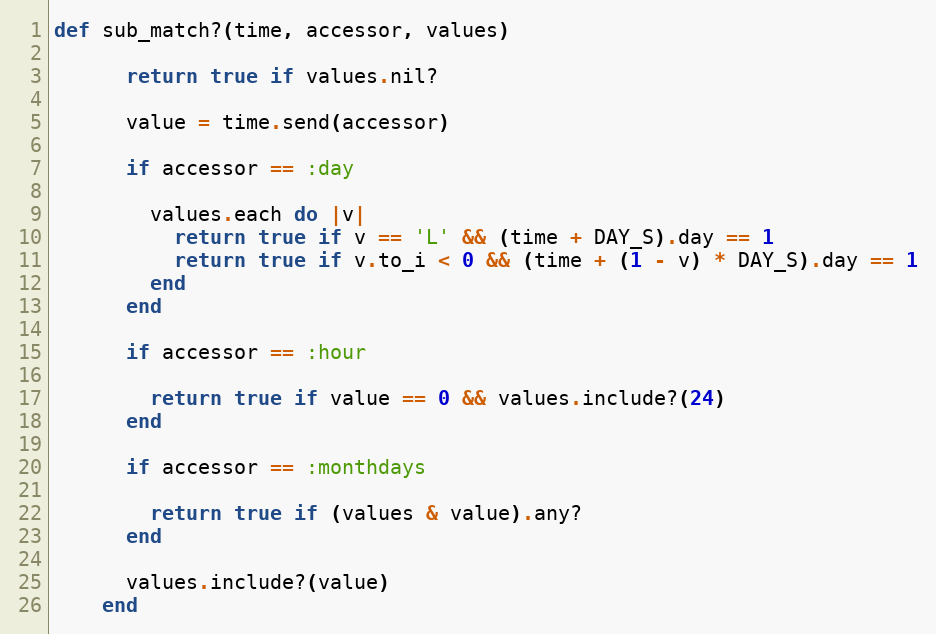
Language: Ruby
def sub_match?(time, accessor, values)

      return true if values.nil?

      value = time.send(accessor)

      if accessor == :day

        values.each do |v|
          return true if v == 'L' && (time + DAY_S).day == 1
          return true if v.to_i < 0 && (time + (1 - v) * DAY_S).day == 1
        end
      end

      if accessor == :hour

        return true if value == 0 && values.include?(24)
      end

      if accessor == :monthdays

        return true if (values & value).any?
      end

      values.include?(value)
    end